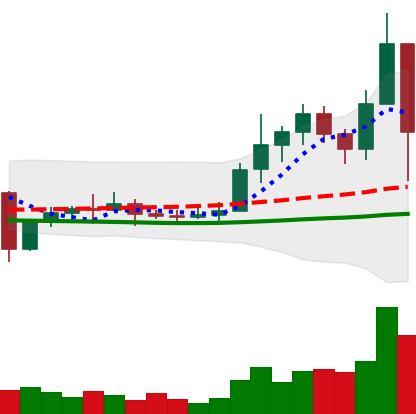
Ticker: ETC-USD
Chart end date: 2021-01-11
Forward return: 7.63%
Label: up_7plus